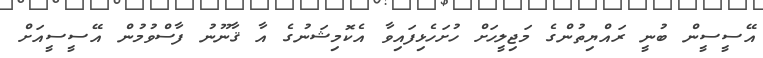
އޭސީސީން ބުނީ ރައްޔިތުންގެ މަޖިލީހަށް ހުށަހެޅިފައިވާ އެކޮމިޝަނުގެ އާ ޤާނޫނު ފާސްވުމުން އޭސީސީއަށް